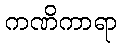
ကဏိကာရာ